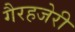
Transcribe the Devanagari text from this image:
गैरहजेरी